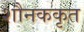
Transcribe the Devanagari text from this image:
शौनककृत